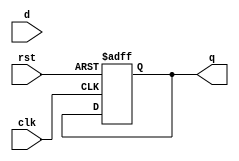

module dffb(q,d,clk,rst);

	input d,clk,rst;
	output reg q;

	always@(posedge clk or posedge rst)
		if(rst)
			q <= 1'b0;
  
endmodule